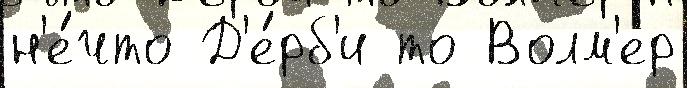
н'е́что Д'е́рб'и то Волм'ер